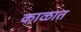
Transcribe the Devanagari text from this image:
का़ळात